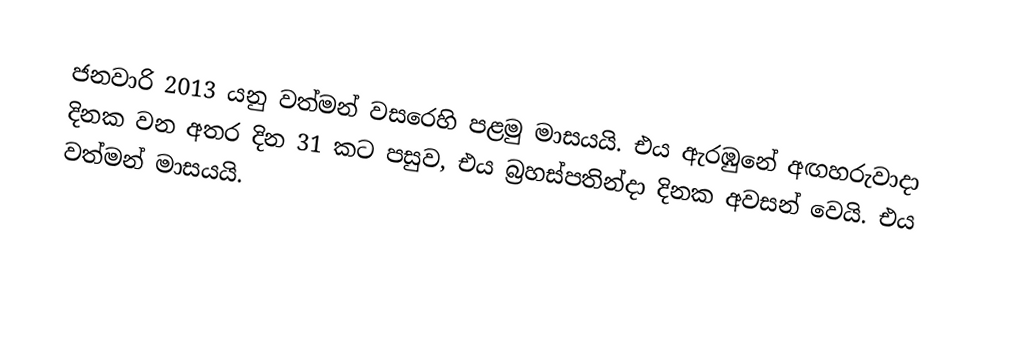
ජනවාරි 2013 යනු වත්මන් වසරෙහි පළමු මාසයයි. එය ඇරඹුනේ අඟහරුවාදා දිනක වන අතර දින 31 කට පසුව, එය බ්‍රහස්පතින්දා දිනක අවසන් වෙයි. එය වත්මන් මාසයයි.